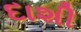
દાશી